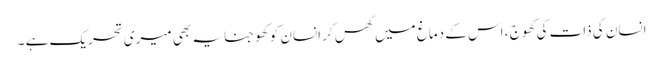
انسان کی ذات کی کھوج ، اس کے دماغ میں گھس کر انسان کو کھوجنا یہ بھی میری تحریک ہے ۔